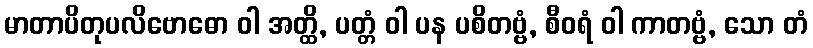
မာတာပိတုပလိဗောဓော ဝါ အတ္ထိ, ပတ္တံ ဝါ ပန ပစိတဗ္ဗံ, စီဝရံ ဝါ ကာတဗ္ဗံ, သော တံ